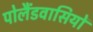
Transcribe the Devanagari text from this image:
पोलैंडवासियों